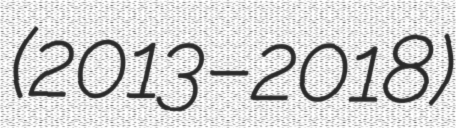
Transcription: (2013–2018)